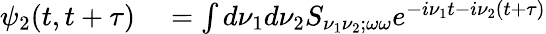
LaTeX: \begin{array}{rl}{\psi_{2}(t,t+\tau)}&{{}=\int d\nu_{1}d\nu_{2}S_{\nu_{1}\nu_{2};\omega\omega}e^{-i\nu_{1}t-i\nu_{2}(t+\tau)}}\end{array}